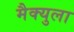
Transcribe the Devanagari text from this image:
मैक्युला